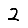
Digit: 2